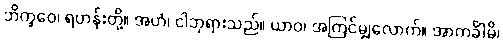
ဘိက္ခဝေ၊ ရဟန်းတို့။ အဟံ၊ ငါဘုရားသည်။ ယာဝ၊ အကြင်မျှလောက်။ အာကင်္ခါမိ၊